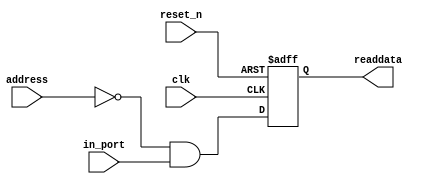
//Legal Notice: (C)2011 Altera Corporation. All rights reserved.  Your
//use of Altera Corporation's design tools, logic functions and other
//software and tools, and its AMPP partner logic functions, and any
//output files any of the foregoing (including device programming or
//simulation files), and any associated documentation or information are
//expressly subject to the terms and conditions of the Altera Program
//License Subscription Agreement or other applicable license agreement,
//including, without limitation, that your use is for the sole purpose
//of programming logic devices manufactured by Altera and sold by Altera
//or its authorized distributors.  Please refer to the applicable
//agreement for further details.

// synthesis translate_off
`timescale 1ns / 1ps
// synthesis translate_on

// turn off superfluous verilog processor warnings 
// altera message_level Level1 
// altera message_off 10034 10035 10036 10037 10230 10240 10030 

module touch_panel_busy (
                          // inputs:
                           address,
                           clk,
                           in_port,
                           reset_n,

                          // outputs:
                           readdata
                        )
;

  output           readdata;
  input   [  1: 0] address;
  input            clk;
  input            in_port;
  input            reset_n;

  wire             clk_en;
  wire             data_in;
  wire             read_mux_out;
  reg              readdata;
  assign clk_en = 1;
  //s1, which is an e_avalon_slave
  assign read_mux_out = {1 {(address == 0)}} & data_in;
  always @(posedge clk or negedge reset_n)
    begin
      if (reset_n == 0)
          readdata <= 0;
      else if (clk_en)
          readdata <= read_mux_out;
    end


  assign data_in = in_port;

endmodule